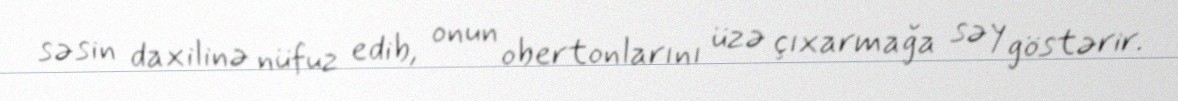
səsin daxilinə nüfuz edib, onun obertonlarını üzə çıxarmağa səy göstərir.